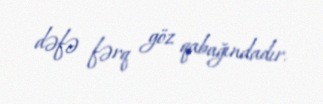
dəfə fərq göz qabağındadır.